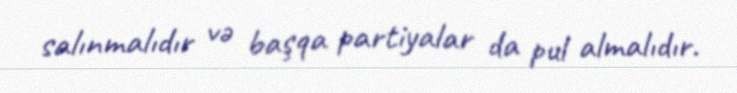
salınmalıdır və başqa partiyalar da pul almalıdır.